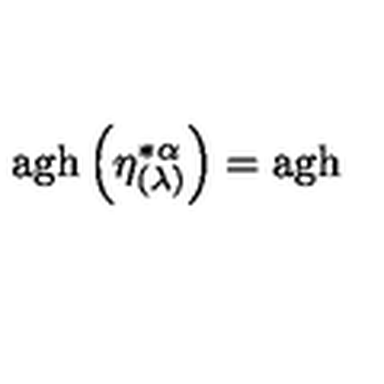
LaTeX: \mathrm { a g h } \left( \eta _ { ( \lambda ) } ^ { * \alpha } \right) = \mathrm { a g h }